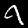
Label: 9